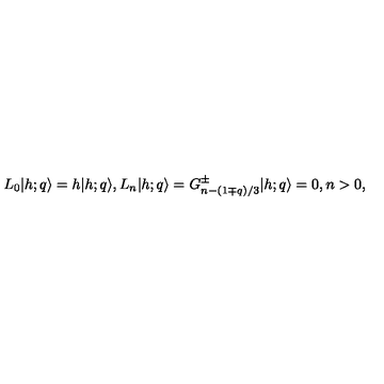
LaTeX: L _ { 0 } \vert h ; q \rangle = h \vert h ; q \rangle { } , { } { } { } L _ { n } \vert h ; q \rangle = G _ { n - ( 1 \mp q ) / 3 } ^ { \pm } \vert h ; q \rangle = 0 { } , { } { } { } n > 0 { } ,